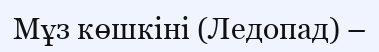
Мұз көшкіні (Ледопад) –